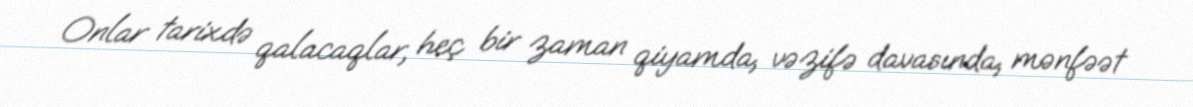
Onlar tarixdə qalacaqlar, heç bir zaman qiyamda, vəzifə davasında, mənfəət